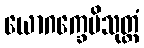
ယောဂက္ခေမိသုတ္တံ